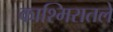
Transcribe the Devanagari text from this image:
काश्मिरातले